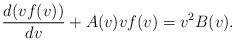
\begin{align*} \frac{d(vf(v))}{dv}+A(v)vf(v)=v^2B(v).\end{align*}